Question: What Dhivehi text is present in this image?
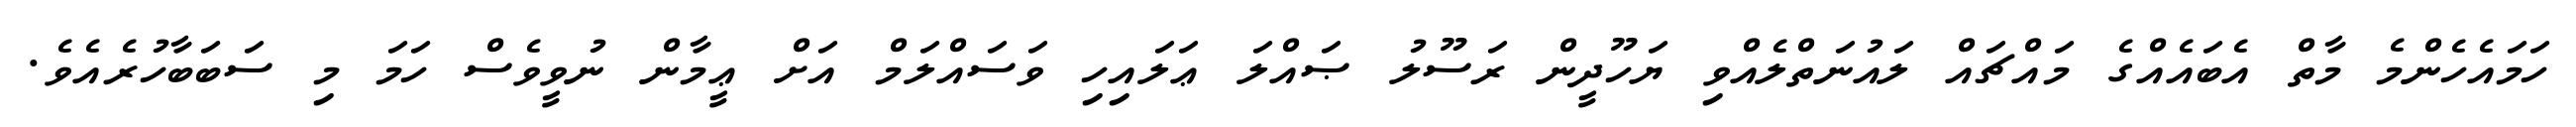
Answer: ހަމައެހެންމެ މާތް އެބައެއްގެ މައްޗައް ލައުނަތްލެއްވި ޔަހޫދީން ރަސޫލު ޞައްލަ ޢަލައިހި ވަސައްލަމް އަށް ޢީމާން ނުވީވެސް ހަމަ މި ސަބަބާހުރެއެވެ.